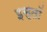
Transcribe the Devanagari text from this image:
इस्तॉ